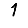
Digit: 1